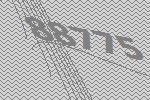
88775